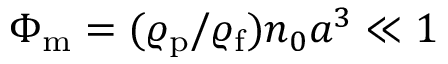
\Phi _ { \mathrm { m } } = ( \varrho _ { \mathrm { p } } / \varrho _ { \mathrm { f } } ) n _ { 0 } a ^ { 3 } \ll 1